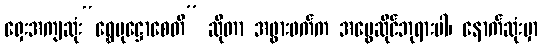
ရှေးအကျဆုံး“ရွှေမုဋ္ဌောစေတီ” ဆိုတာ အဖွားဖက်က အမွေဆိုင်ဘုရားပါ၊ နောက်ဆုံးမှာ